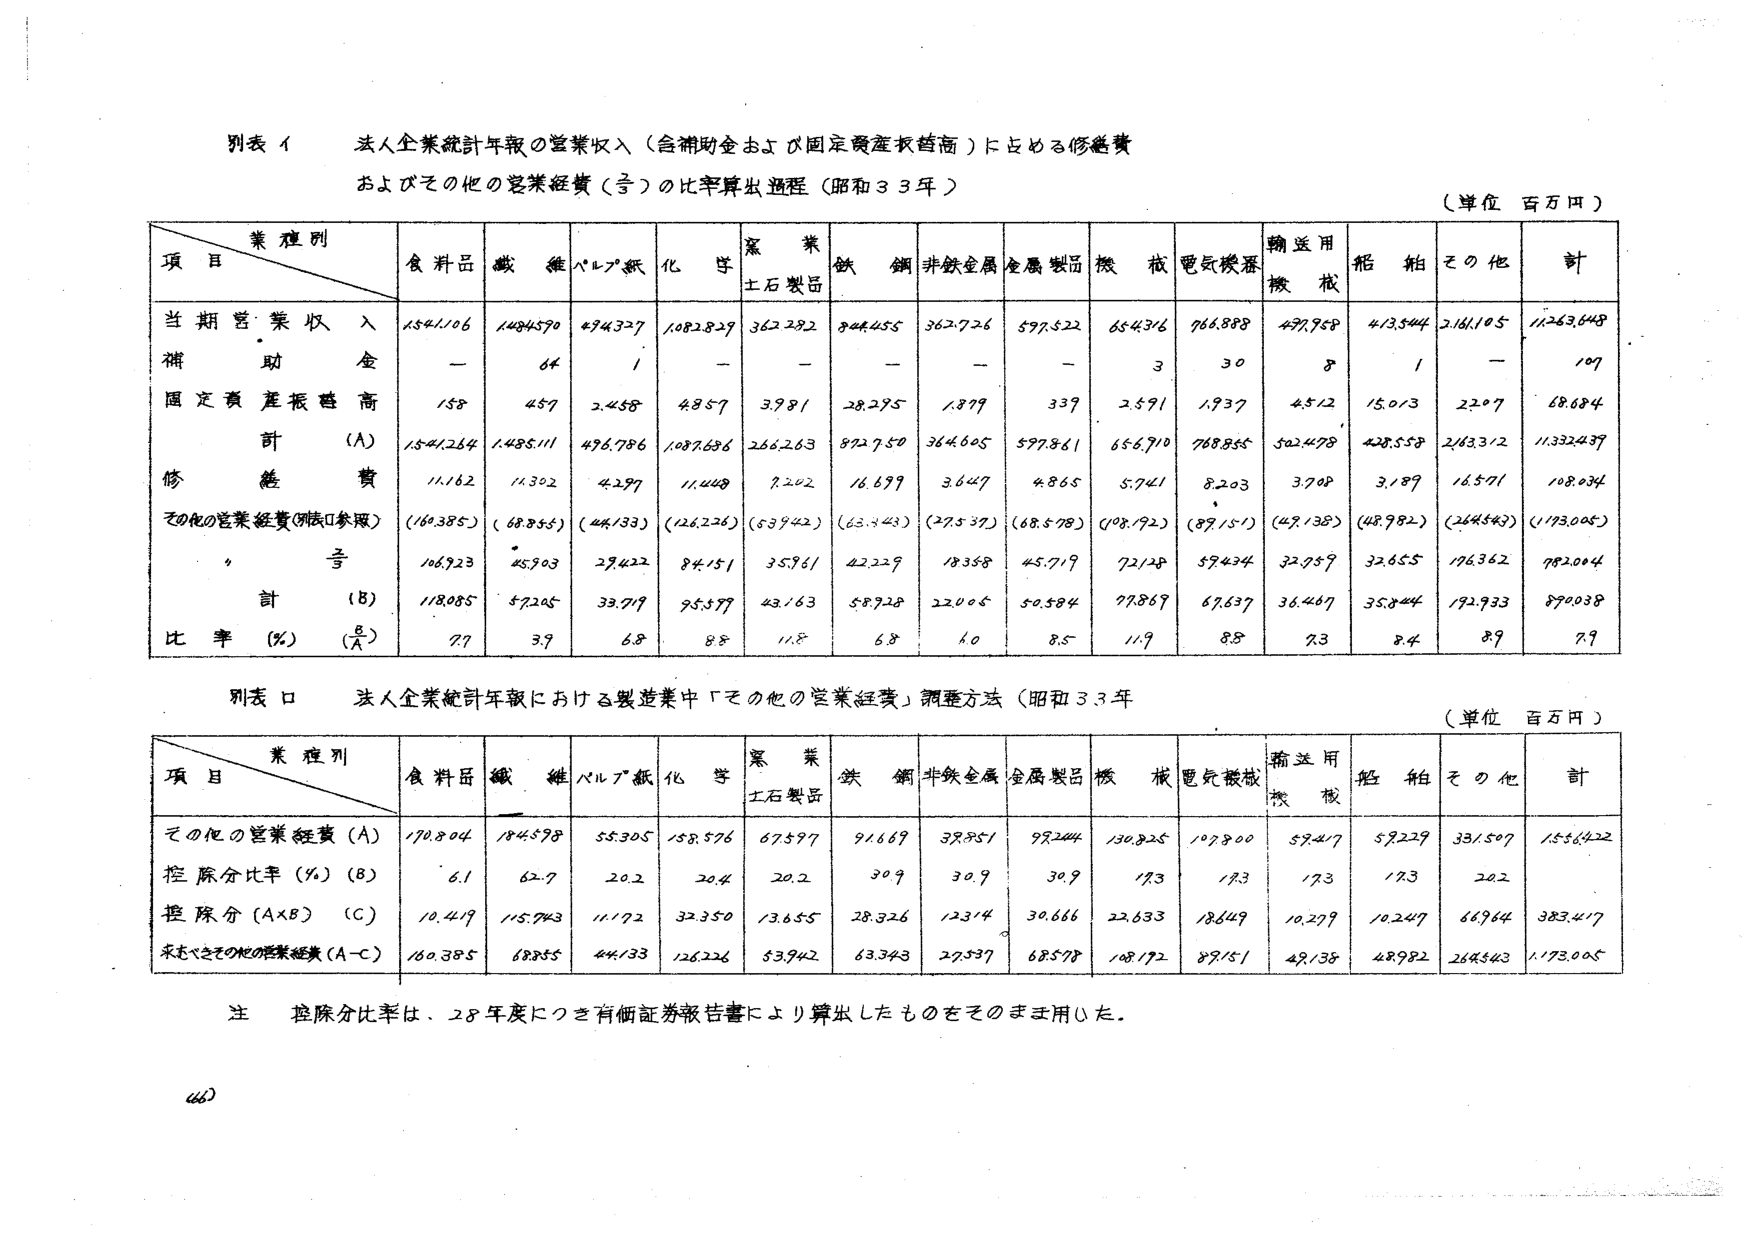
別表 1 法人企業統計年報の営業収入（含補助金および固定資産減価償却）による修繕費
およびその他の営業経費（等）の比率算出過程（昭和33年）
（単位 百万円）

項 目＼業種別 | 食料品 | 繊維 | パルプ紙 | 化学 | 窯業土石製品 | 鉄鋼 | 非鉄金属 | 金属製品 | 機械 | 電気機械 | 輸送用機械 | 船舶 | その他 | 計
--- | --- | --- | --- | --- | --- | --- | --- | --- | --- | --- | --- | --- | --- | ---
当期営業収入 | 1541106 | 1484570 | 474327 | 1082829 | 362282 | 844455 | 362726 | 597522 | 654376 | 766888 | 477758 | 413544 | 2161105 | 11263648
補助金 | — | 64 | 1 | — | — | — | — | — | 3 | 30 | 8 | 1 | — | 109
固定資産減価償却 | 158 | 457 | 2458 | 4857 | 3981 | 28295 | 1879 | 339 | 2591 | 1937 | 4512 | 15013 | 2207 | 68684
計 (A) | 1541264 | 1485111 | 476786 | 1087686 | 266263 | 872750 | 364605 | 597861 | 656910 | 768855 | 502478 | 428558 | 2163312 | 11332437
修繕費 | 11162 | 11352 | 4297 | 11448 | 7242 | 16699 | 3647 | 4865 | 5741 | 8203 | 3708 | 3189 | 16571 | 108034
その他の営業経費（残り参照） | (160385) | (68855) | (44133) | (126226) | (53942) | (63343) | (27537) | (68578) | (108192) | (87151) | (49138) | (48982) | (264543) | (1173005)
等 | 106923 | 45903 | 29422 | 84151 | 35961 | 42229 | 18358 | 45719 | 72128 | 59434 | 32959 | 32655 | 176362 | 982004
計 (B) | 118085 | 57205 | 33719 | 95599 | 43163 | 58928 | 22005 | 50584 | 77869 | 67637 | 36467 | 35844 | 192933 | 890038
比率 (%) (B/A) | 7.7 | 3.9 | 6.8 | 8.8 | 11.8 | 6.8 | 6.0 | 8.5 | 11.9 | 8.8 | 7.3 | 8.4 | 8.9 | 7.9

別表 2 法人企業統計年報における製造業中「その他の営業経費」調整方法（昭和33年）
（単位 百万円）

項 目＼業種別 | 食料品 | 繊維 | パルプ紙 | 化学 | 窯業土石製品 | 鉄鋼 | 非鉄金属 | 金属製品 | 機械 | 電気機械 | 輸送用機械 | 船舶 | その他 | 計
--- | --- | --- | --- | --- | --- | --- | --- | --- | --- | --- | --- | --- | --- | ---
その他の営業経費 (A) | 170804 | 184598 | 55305 | 158576 | 67597 | 91669 | 38851 | 99244 | 130825 | 107800 | 59417 | 59229 | 381507 | 1556422
控除分比率 (%) (B) | 6.1 | 62.7 | 20.2 | 20.4 | 20.2 | 30.9 | 30.9 | 30.9 | 17.3 | 17.3 | 17.3 | 17.3 | 20.2 |
控除分 (A×B) (C) | 10419 | 115743 | 11172 | 32350 | 13655 | 28326 | 12314 | 30666 | 22633 | 18649 | 10279 | 10247 | 66964 | 383417
求むべきその他の営業経費 (A-C) | 160385 | 68855 | 44133 | 126226 | 53942 | 63343 | 27537 | 68578 | 108192 | 89151 | 49138 | 48982 | 264543 | 1173005

注 控除分比率は、28年度につき有価証券報告書により算出したものをそのまま用いた。

460